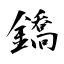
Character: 鐈